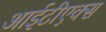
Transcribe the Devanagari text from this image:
आईटीएक्स